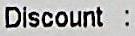
DISCOUNT :